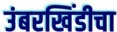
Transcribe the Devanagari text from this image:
उंबरखिंडीचा